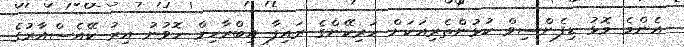
އެންމެ މޮޅު ޑިފެންސިވް ކުޅުންތެރިއަކަށް ހަރިކޭންގެ ރައިފާ އިބްރާހިމް ހޮވުނު އިރު ކޭއެސްއާރުގެ